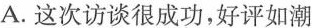
A. 这次访谈很成功，好评如潮